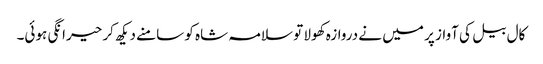
کال بیل کی آواز پر میں نے دروازہ کھولا تو سلامہ شاہ کو سامنے دیکھ کر حیرانگی ہوئی۔